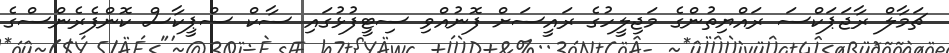
ޗަމާލް ރާޖަޕަކްސަ ރައްޔިތުންގެ މަޖިލީހުގެ ރައީސަށް ފޮނުއްވި ސިޓީފުޅުގައި ސާކް ސްޕީކާސް ކޮންފެރެންސްގެ